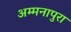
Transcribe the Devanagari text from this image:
अम्मनापुरा